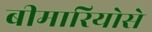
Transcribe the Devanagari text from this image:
बीमारियोसे